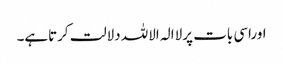
اوراسی بات پرلاالہ الاللہ دلالت کرتاہے۔